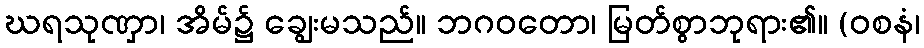
ဃရသုဏှာ၊ အိမ်၌ ချွေးမသည်။ ဘဂဝတော၊ မြတ်စွာဘုရား၏။ (ဝစနံ၊